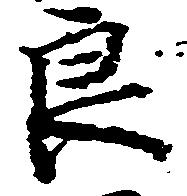
良